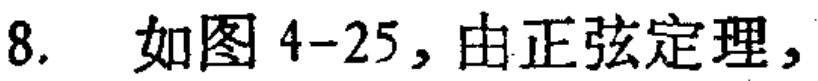
8. 如图4-25，由正弦定理，